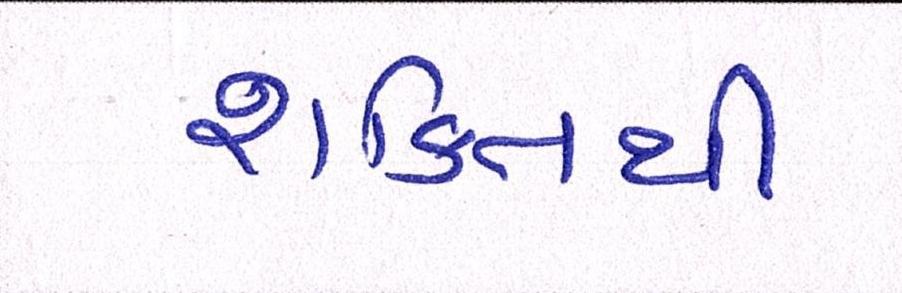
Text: શક્તિથી